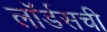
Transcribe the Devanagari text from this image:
लॉर्डसची